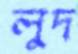
লুদ